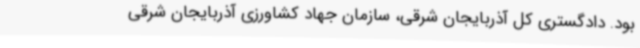
بود. دادگستری کل آذربایجان شرقی، سازمان جهاد کشاورزی آذربایجان شرقی